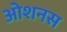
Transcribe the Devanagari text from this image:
ओशनस